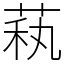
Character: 萟